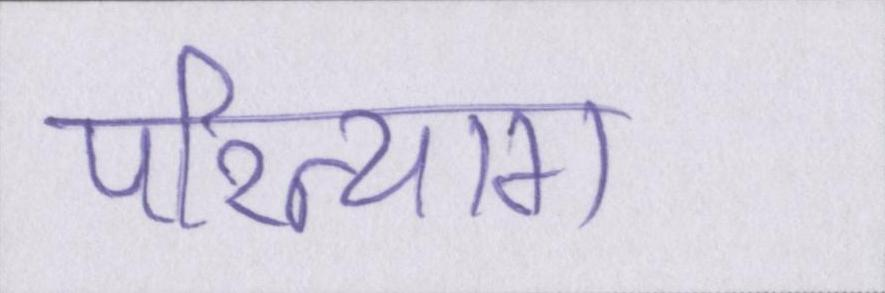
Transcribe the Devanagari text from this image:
परित्याग